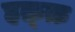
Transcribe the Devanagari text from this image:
हक़्क़